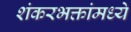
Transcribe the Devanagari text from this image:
शंकरभक्तांमध्ये